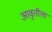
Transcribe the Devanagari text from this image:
आवृतीला